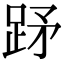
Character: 䟥